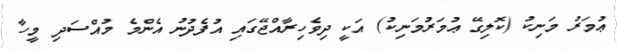
ޢުމަރު މަނިކު (ކޮލިގޭ ޢުމަރުމަނިކު) އަކީ ދިވެހިރާއްޖޭގައި އުފެދުނު އެންމެ މުއްސަދި މީހާ